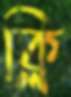
ক্লি